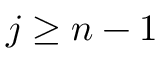
j \ge n - 1